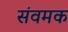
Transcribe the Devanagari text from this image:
संवमक